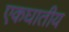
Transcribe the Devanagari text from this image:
एकघातीय